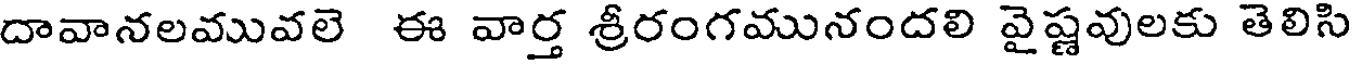
దావానలమువలె ఈ వార్త శ్రీరంగమునందలి వైష్ణవులకు తెలిసి